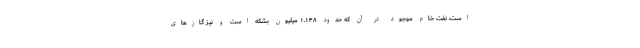
است، نفت خام موجود در آن که حدود ۱.۱۴۸ میلیون بشکه است و نیز گازهای